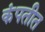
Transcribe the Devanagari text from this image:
कंपतीत